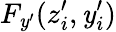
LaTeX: F_{\mathit{y}^{\prime}}(z_{i}^{\prime},\mathit{y}_{i}^{\prime})